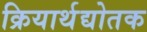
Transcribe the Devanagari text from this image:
क्रियार्थद्योतक